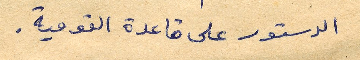
الدستور على قاعدة القومية.